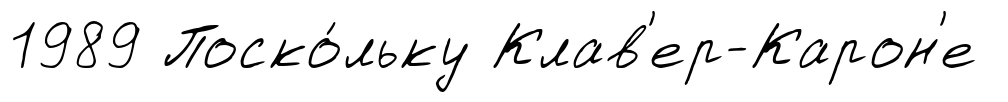
1989 Поско́льку Клав'ер-Карон'е